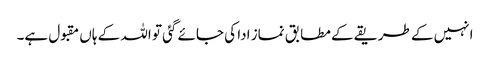
انہیں کے طریقے کے مطابق نماز ادا کی جائے گئی تو اللہ کے ہاں مقبول ہے۔